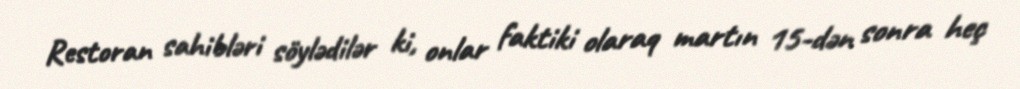
Restoran sahibləri söylədilər ki, onlar faktiki olaraq martın 15-dən sonra heç